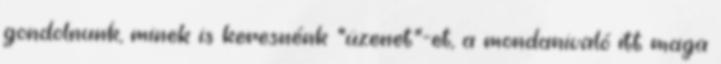
gondolnunk, minek is keresnénk "üzenet"-et, a mondanivaló itt maga